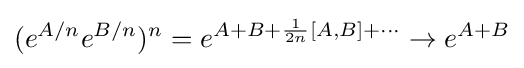
(e^{A/n}e^{B/n})^{n}=e^{A+B+{\frac {1}{2n}}[A,B]+\cdots }\to e^{A+B}